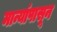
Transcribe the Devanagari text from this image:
मान्यांपासून